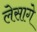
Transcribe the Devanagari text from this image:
लेसागे